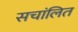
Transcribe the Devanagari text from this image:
सचांलित